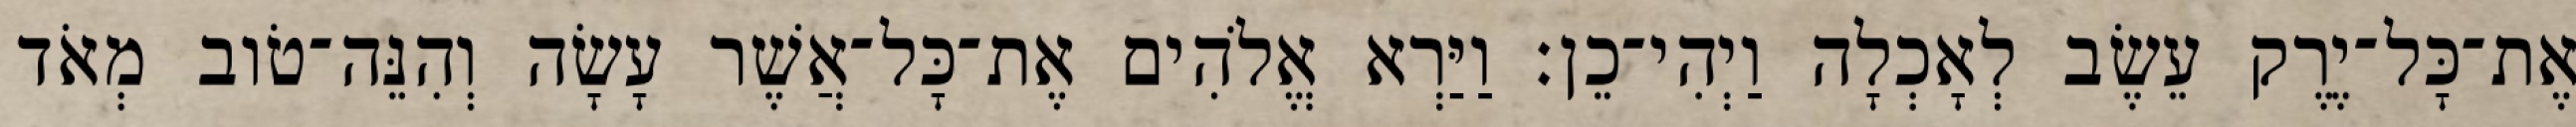
אֶת־כָּל־יֶרֶק עֵשֶׂב לְאָכְלָה וַיְהִי־כֵן׃ וַיַּרְא אֱלֹהִים אֶת־כָּל־אֲשֶׁר עָשָׂה וְהִנֵּה־טֹוב מְאֹד